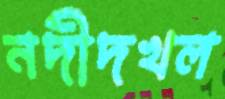
নদীদখল